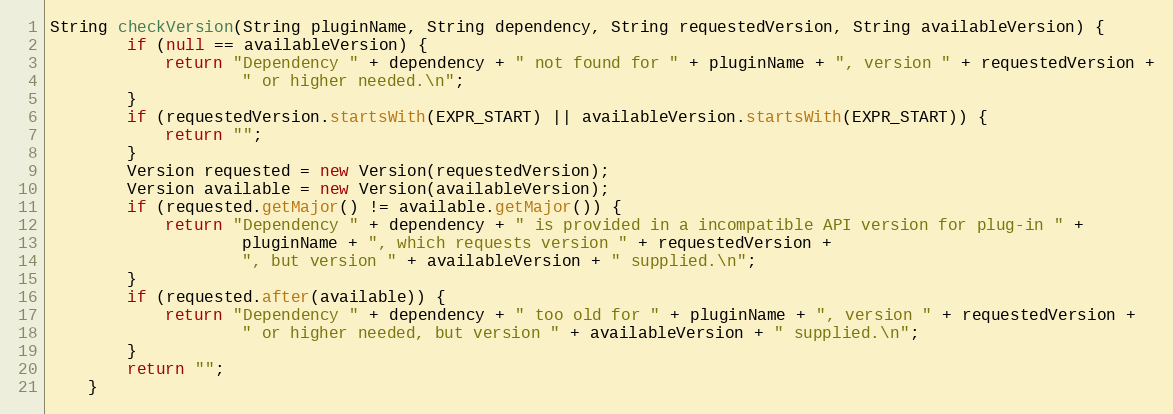
Language: Java
String checkVersion(String pluginName, String dependency, String requestedVersion, String availableVersion) {
		if (null == availableVersion) {
			return "Dependency " + dependency + " not found for " + pluginName + ", version " + requestedVersion +
					" or higher needed.\n";
		}
		if (requestedVersion.startsWith(EXPR_START) || availableVersion.startsWith(EXPR_START)) {
			return "";
		}
		Version requested = new Version(requestedVersion);
		Version available = new Version(availableVersion);
		if (requested.getMajor() != available.getMajor()) {
			return "Dependency " + dependency + " is provided in a incompatible API version for plug-in " +
					pluginName + ", which requests version " + requestedVersion +
					", but version " + availableVersion + " supplied.\n";
		}
		if (requested.after(available)) {
			return "Dependency " + dependency + " too old for " + pluginName + ", version " + requestedVersion +
					" or higher needed, but version " + availableVersion + " supplied.\n";
		}
		return "";
	}